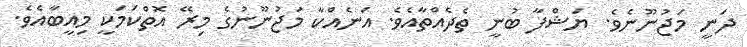
ދަނީ މަޖުނޫނެވެ. ޔަޝްފާ ބުނީ ތެދެއްތާއެވެ. އަނެއްކާ މަޖުނޫނުގެ މިރޭ އޮތްކަމަކީ މިއީބާއެވެ.